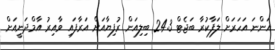
އަންނަ އަހަރަށް ލަފާކުރާ ބަޖެޓް 24.3 ބިލިއަން ރުފިޔާއަށް އަރާފައި ވާއިރު އާމްދަނީއަށް